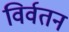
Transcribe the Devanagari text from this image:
विर्वतन